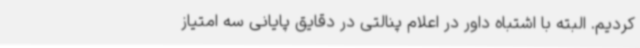
کردیم. البته با اشتباه داور در اعلام پنالتی در دقایق پایانی سه امتیاز